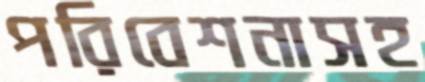
পরিবেশনাসহ